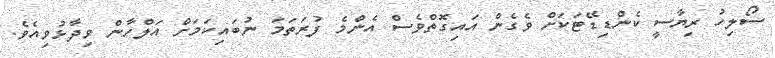
ސޯލިހު ރިޔާސީ ކެންޑިޑޭޓަކަށް ވެގެން އައިގޮތްވެސް އެންމެ ފުރަތަމަ ނުބައިކަމަށް އަލްހާން ވިދާޅުވިއެވެ.